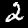
Label: 2